Black-water fever - Number 35
Disease focus: Fever
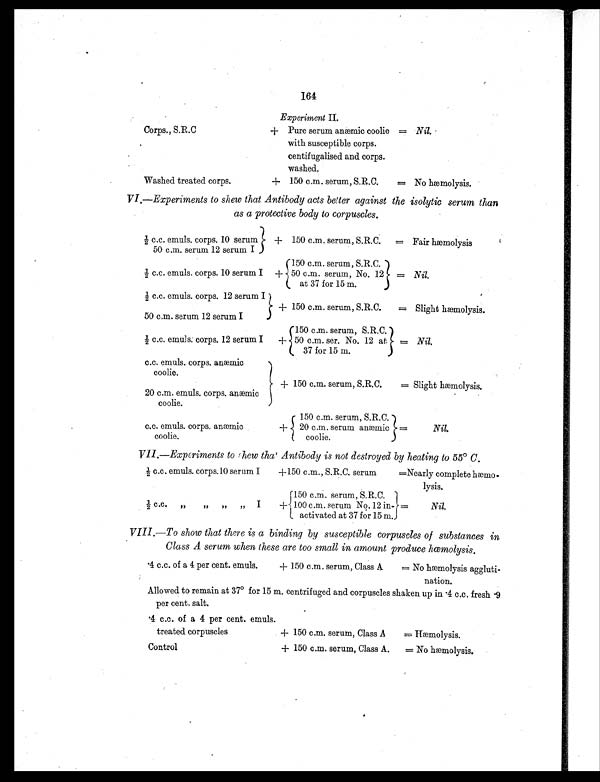
164
Experiment II.
Corps., S.R.
C.
+ Pure serum anæmic coolie
with susceptible corps.
centifugalised and corps.
washed.
= Nil.
Washed treated corps.
+ 150 c.m. serum, S.R.C.
= No hæmolysis.
VI.—Experiments to shew that Antibody acts be(ter against the isolytic serum than
as a protective body to corpuscles.
½ c.c. emuls. corps. 10 serum
50 c.m. serum 12 serum I
+ 150 c.m. serum, S.R.C.
= Fair hæmolysis
½ c.c. emuls. corps. 10 serum I
+ 150 c.m. serum, S.R.C.
50 c.m. serum, No. 12
at 37 for 15 m.
= Nil.
½ c.c. emuls. corps. 12 serum I
50 c.m. serum 12 serum I
+ 150 c.m. serum, S.R.C.
= Slight hæmolysis.
½ c.c. emuls. corps. 12 serum I
+
150 c.m. serum, S.R.C.
50 c.m. ser. No. 12 at
37 for 15 m.
= Nil.
c.c. emuls. corps. anæmic
coolie.
20 c.m. emuls. corps. anæmic
coolie.
+ 150 c.m. serum, S.R.C.
= Slight hæmolysis.
c.c. emuls. corps. anæmic
coolie.
+
150 c.m. serum, S.R.C.
20 can. serum anæmic
coolie.
=
Nil.
VII.—Experiments to shew that Antibody is not destroyed by heating to 55° C.
½ c.c. emuls. corps.10 serum I
+ 150 c.m., S.R.C. serum
=Nearly complete hæmo.
lysis.
½ c.c.
„
,,
,,
,,
I
+
150 c.m. serum, S.R.C. 1
100 c.m. serum No.12 in-
activated at 37 for 15 m.
=
Nil.
VIII.—To show that there is a binding by susceptible corpuscles of substances in
Class A serum when these are too small in amount produce hæmolysis.
.4 c.c. of a 4 per cent. emuls.
+ 150 c.m. serum, Class A
= No hæmolysis aggluti-
nation.
Allowed to remain at 37° for 15 m. centrifuged and corpuscles shaken up in .4 c.c. fresh -9
per cent. salt.
.4 c.c. of a 4 per cent. emuls.
treated corpuscles
+ 150 c.m. serum, Class A
= Hæmolysis.
Control
+ 150 c.m. serum, Class A.
= No hæmolysis.